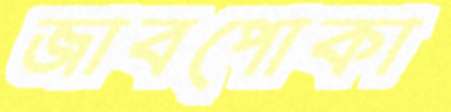
জাবপোকা